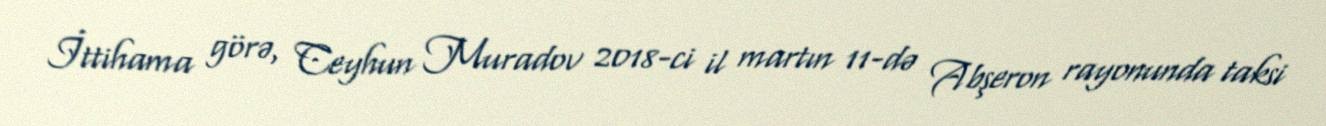
İttihama görə, Ceyhun Muradov 2018-ci il martın 11-də Abşeron rayonunda taksi